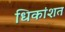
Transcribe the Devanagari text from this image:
धिकांशत